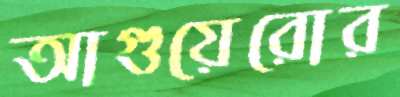
আগুয়েরোর